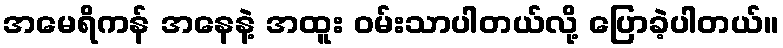
အမေရိကန် အနေနဲ့ အထူး ဝမ်းသာပါတယ်လို့ ပြောခဲ့ပါတယ်။